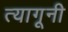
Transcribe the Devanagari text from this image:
त्यागूनी